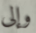
وإلى